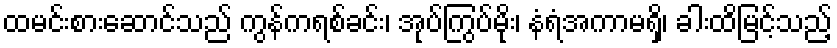
ထမင်းစားဆောင်သည် ကွန်ကရစ်ခင်း၊ အုပ်ကြွပ်မိုး၊ နံရံအကာမရှိ၊ ခါးထိမြင့်သည့်